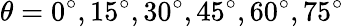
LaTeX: \theta=0^{\circ},15^{\circ},30^{\circ},45^{\circ},60^{\circ},75^{\circ}